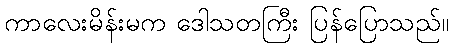
ကာလေးမိန်းမက ဒေါသတကြီး ပြန်ပြောသည်။